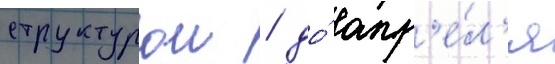
структурои / до́ апр'е́л'я